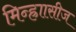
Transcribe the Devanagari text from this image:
मिन्ह्राासीज